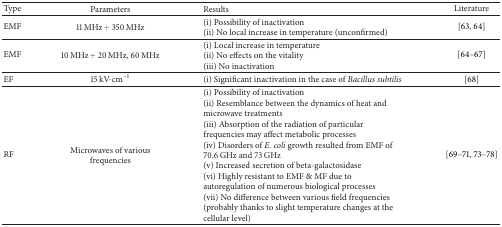
<table><thead><tr><td><b>Type</b></td><td><b>Parameters</b></td><td><b>Results</b></td><td><b>Literature</b></td></tr></thead><tbody><tr><td>EMF</td><td>11 MHz ÷ 350 MHz</td><td>(i) Possibility of inactivation(ii) No local increase in temperature (unconfirmed)</td><td>[63, 64]</td></tr><tr><td>EMF</td><td>10 MHz ÷ 20 MHz, 60 MHz</td><td>(i) Local increase in temperature(ii) No effects on the vitality(iii) No inactivation</td><td>[64–67]</td></tr><tr><td>EF</td><td>15 kV·cm<sup>−1</sup></td><td>(i) Significant inactivation in the case of <i>Bacillus subtilis </i></td><td>[68]</td></tr><tr><td>RF</td><td>Microwaves of various frequencies</td><td>(i) Possibility of inactivation(ii) Resemblance between the dynamics of heat and microwave treatments(iii) Absorption of the radiation of particular frequencies may affect metabolic processes(iv) Disorders of <i>E. coli</i> growth resulted from EMF of 70.6 GHz and 73 GHz(v) Increased secretion of beta-galactosidase(vi) Highly resistant to EMF &amp; MF due to autoregulation of numerous biological processes(vii) No difference between various field frequencies (probably thanks to slight temperature changes at the cellular level)</td><td>[69–71, 73–78]</td></tr></tbody></table>